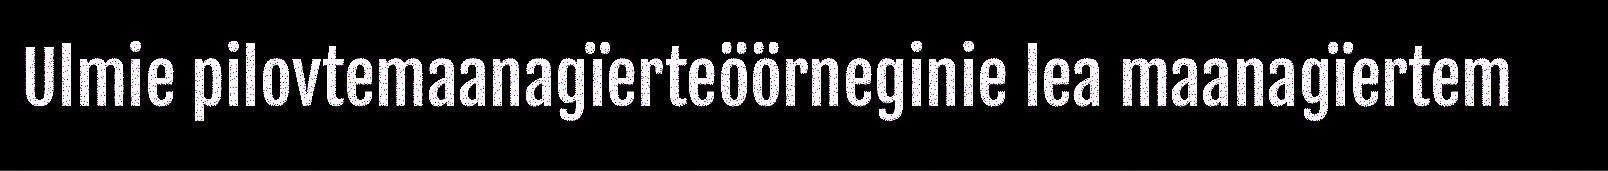
Ulmie pilovtemaanagïerteöörneginie lea maanagïertem